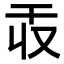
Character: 𫷕